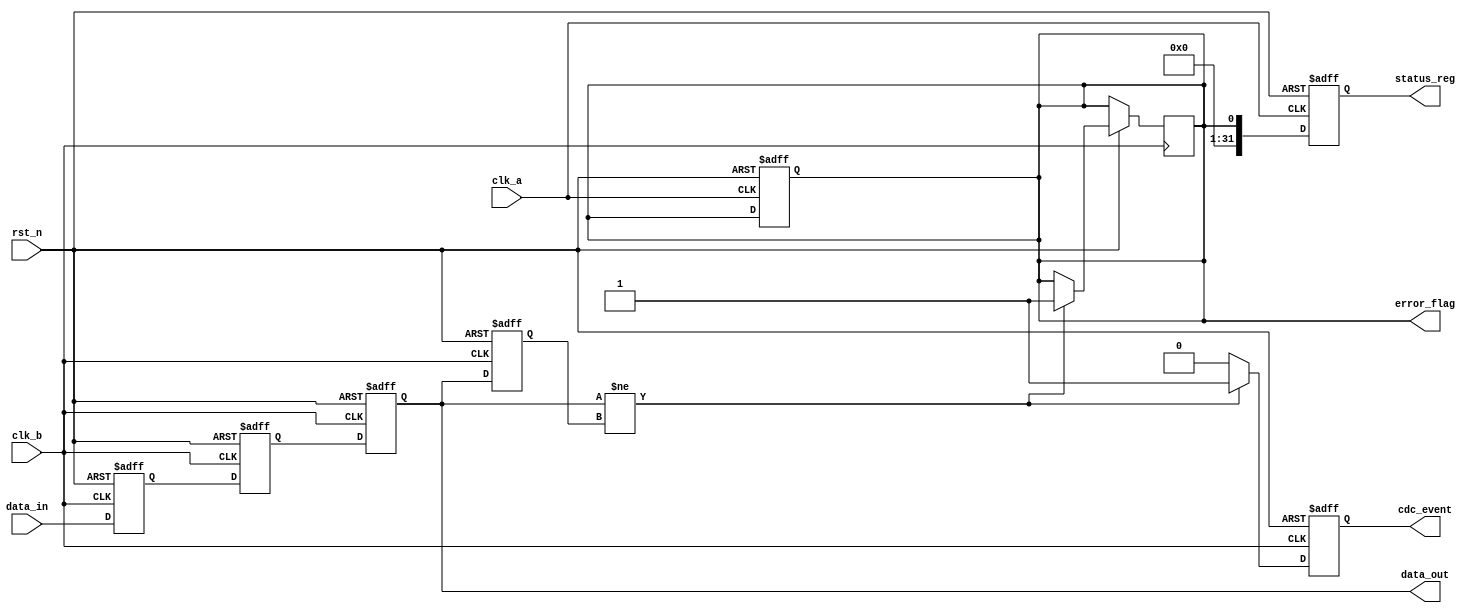
module cdc_detector (
    input wire clk_a,          // Clock domain A
    input wire clk_b,          // Clock domain B
    input wire rst_n,          // Asynchronous active-low reset
    input wire data_in,        // Data signal in clk_a domain
    output reg data_out,       // Synchronized data signal in clk_b domain
    output reg cdc_event,      // CDC event flag
    output reg error_flag,     // Error flag indicating potential CDC issue
    output reg [31:0] status_reg // Status register for monitoring
);

// Internal registers
reg data_out_prev;           // Previous value of data_out
reg data_in_sync_1;          // First stage of synchronizer
reg data_in_sync_2;          // Second stage of synchronizer

// Two-stage synchronizer in clk_b domain
always @(posedge clk_b or negedge rst_n) begin
    if (!rst_n) begin
        data_in_sync_1 <= 1'b0;
        data_in_sync_2 <= 1'b0;
    end else begin
        data_in_sync_1 <= data_in; // Capture data_in in clk_b domain
        data_in_sync_2 <= data_in_sync_1; // Second stage
    end
end

// Output data_out in clk_b domain
always @(posedge clk_b or negedge rst_n) begin
    if (!rst_n) begin
        data_out <= 1'b0;
    end else begin
        data_out <= data_in_sync_2; // Synchronized output
    end
end

// CDC detection logic
always @(posedge clk_b or negedge rst_n) begin
    if (!rst_n) begin
        data_out_prev <= 1'b0;
        cdc_event <= 1'b0;
    end else begin
        // Detect change in synchronized data
        if (data_out != data_out_prev) begin
            cdc_event <= 1'b1; // Event detected
            error_flag <= 1'b1; // Set error flag
        end else begin
            cdc_event <= 1'b0; // No event
        end
        data_out_prev <= data_out; // Update previous value
    end
end

// Status register update
always @(posedge clk_a or negedge rst_n) begin
    if (!rst_n) begin
        status_reg <= 32'b0; // Clear status register
        error_flag <= 1'b0; // Clear error flag
    end else begin
        // Update status register with current state
        status_reg <= {31'b0, error_flag}; // Store error flag in status register
    end
end

endmodule